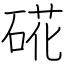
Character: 硴